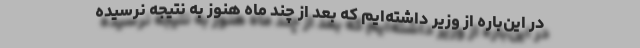
در این‌باره از وزیر داشته‌ایم که بعد از چند ماه هنوز به نتیجه نرسیده